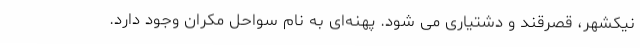
نیکشهر، قصرقند و دشتیاری می شود. پهنه‌ای به نام سواحل مکران وجود دارد.